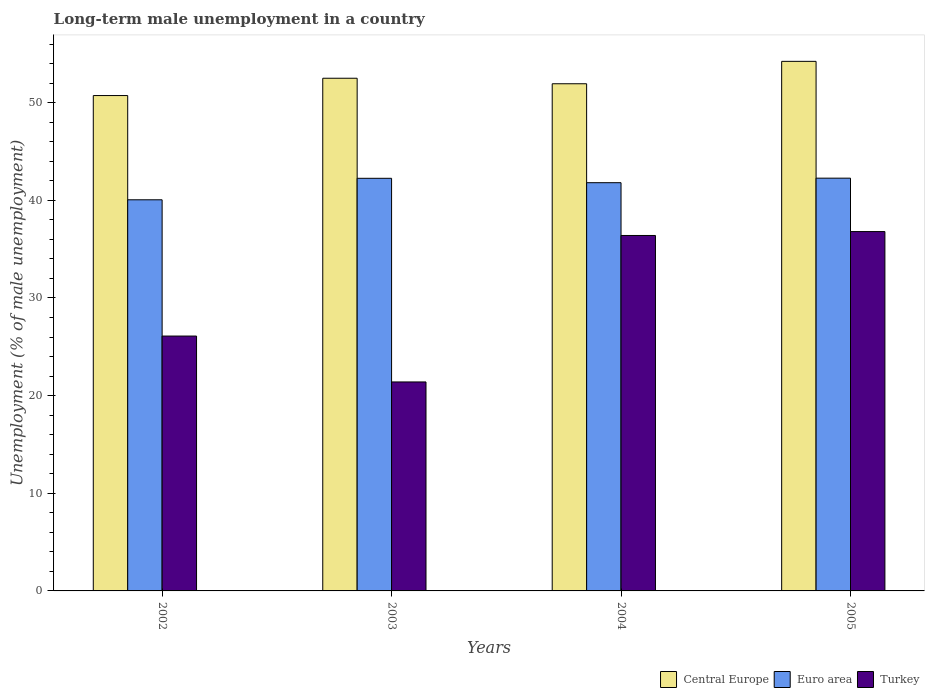
| Years | Central Europe | Euro area | Turkey |
 | --- | --- | --- | --- |
 | 2002 | 50.7 | 40.1 | 26.1 |
 | 2003 | 52.5 | 42.3 | 21.4 |
 | 2004 | 51.9 | 41.8 | 36.4 |
 | 2005 | 54.2 | 42.3 | 36.8 |